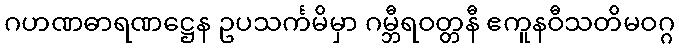
ဂဟဏဓာရဏဋ္ဌေန ဥပသင်္ကမိမှာ ဂမ္ဘီရဝတ္တနီ ဧကူနဝီသတိမဝဂ္ဂ